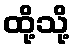
ထို့သို့